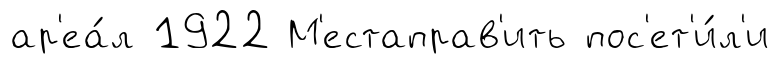
ар'еа́л 1922 М'естаправ'ить пос'ет'и́л'и